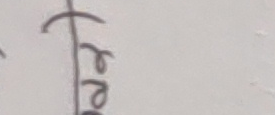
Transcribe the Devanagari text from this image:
रेरे